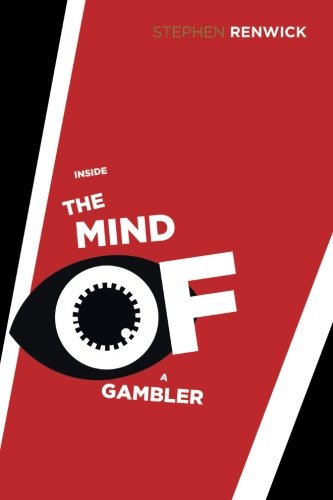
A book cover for Inside the Mind of a Gambler: The Hidden Addiction and How to Stop; Stephen Renwick; Health, Fitness & Dieting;